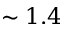
\sim 1 . 4